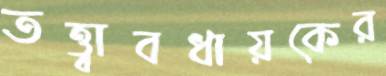
তত্ত্বাবধায়কের